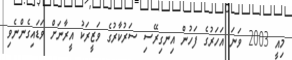
މިއީ 2003 ވަނަ އަހަރުގެ ފަހުން އިނގިރޭސި ސަރުކާރުގެ ވަޒީރަކު އީރާނަށް ވަޑައިގެންނެވި